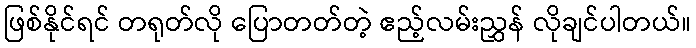
ဖြစ်နိုင်ရင် တရုတ်လို ပြောတတ်တဲ့ ဧည့်လမ်းညွှန် လိုချင်ပါတယ်။